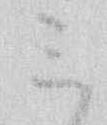
ミ